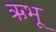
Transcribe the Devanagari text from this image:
ऋभू